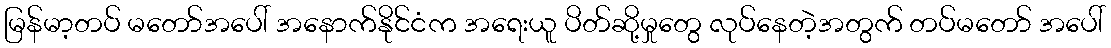
မြန်မာ့တပ် မတော်အပေါ် အနောက်နိုင်ငံက အရေးယူ ပိတ်ဆို့မှုတွေ လုပ်နေတဲ့အတွက် တပ်မတော် အပေါ်